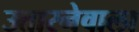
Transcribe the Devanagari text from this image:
उतारनेवाला